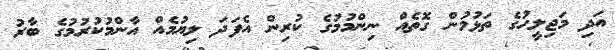
އަދި މަޖިލީހުގެ ތަޅުމުން ގޮތެއް ނިންމުމުގެ ކުރިން އެފަދަ ލިޔުމެއް އާންމުކުރުމުގެ ބާރު